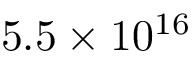
5 . 5 \times 1 0 ^ { 1 6 }